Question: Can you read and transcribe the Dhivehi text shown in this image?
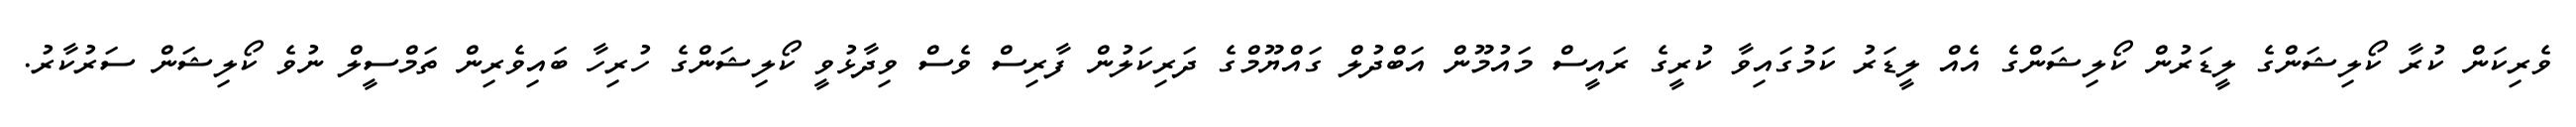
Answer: ވެރިކަން ކުރާ ކޯލިޝަންގެ ލީޑަރުން ކޯލިޝަންގެ އެއް ލީޑަރު ކަމުގައިވާ ކުރީގެ ރައީސް މައުމޫން އަބްދުލް ގައްޔޫމްގެ ދަރިކަލުން ފާރިސް ވެސް ވިދާޅުވީ ކޯލިޝަންގެ ހުރިހާ ބައިވެރިން ތަމްސީލް ނުވެ ކޯލިޝަން ސަރުކާރު.